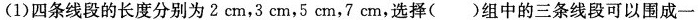
(1)四条线段的长度分别为2cm，3cm，5cm，7cm，选择( )组中的三条线段可以围成一